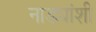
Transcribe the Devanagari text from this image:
नाड्यांशी